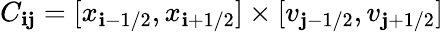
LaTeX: C_{\mathbf{i}\mathbf{j}}=[x_{\mathbf{i}-1/2},x_{\mathbf{i}+1/2}]\times[v_{\mathbf{j}-1/2},v_{\mathbf{j}+1/2}]